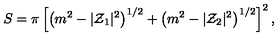
S = \pi \left[ \left( m ^ { 2 } - | { \cal Z } _ { 1 } | ^ { 2 } \right) ^ { 1 / 2 } + \left( m ^ { 2 } - | { \cal Z } _ { 2 } | ^ { 2 } \right) ^ { 1 / 2 } \right] ^ { 2 } ,